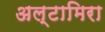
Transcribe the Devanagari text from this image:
अल्टामिरा